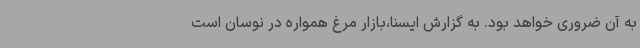
به آن ضروری خواهد بود. به گزارش ایسنا،بازار مرغ همواره در نوسان است